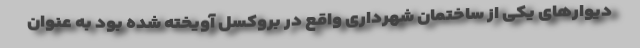
دیوارهای یکی از ساختمان شهرداری واقع در بروکسل آویخته شده بود به عنوان